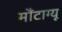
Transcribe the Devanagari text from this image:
मौंटाग्यू